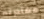
مغادرته